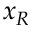
x _ { R }